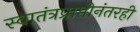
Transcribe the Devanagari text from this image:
स्वातंत्रप्राप्तीनंतरही